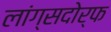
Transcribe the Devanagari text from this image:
लांग्सदोर्फ